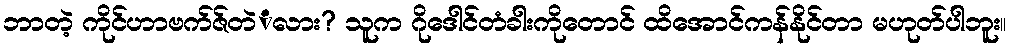
ဘာတဲ့ ကိုင်ဟာဗက်ဇ်တဲံလား? သူက ဂိုဒေါင်တံခါးကိုတောင် ထိအောင်ကန်နိုင်တာ မဟုတ်ပါဘူး။